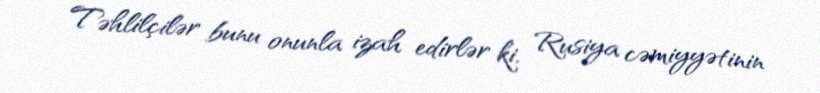
Təhlilçilər bunu onunla izah edirlər ki, Rusiya cəmiyyətinin